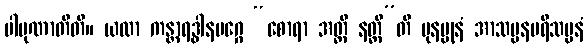
ပါပုဏာတီတိ။ ယထာ ကန္တာရဒ္ဓါနမဂ္ဂေ “စောရာ အတ္ထိ နတ္ထီ”တိ ပုနပ္ပုနံ အာသပ္ပနပရိသပ္ပနံ